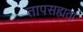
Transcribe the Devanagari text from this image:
तापसह्यता